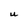
Character: U